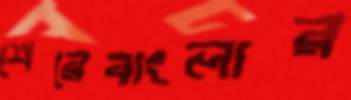
শেরেবাংলার